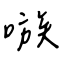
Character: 嗾